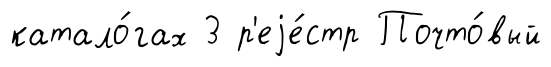
катало́гах 3 р'еjе́стр Почто́вый